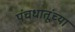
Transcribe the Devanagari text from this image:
पंचधातूंच्या